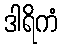
ဒါရိကံ